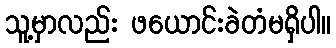
သူ့မှာလည်း ဖယောင်းခဲတံမရှိပါ။